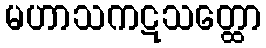
မဟာသကဋသတ္ထော